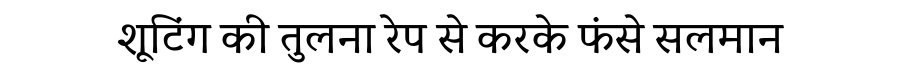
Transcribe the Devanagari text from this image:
शूटिंग की तुलना रेप से करके फंसे सलमान